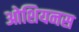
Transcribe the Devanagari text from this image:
ओशियनस